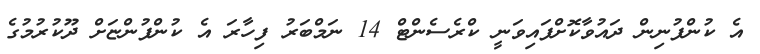
އެ ކުންފުނިން ދައުވާކޮށްފައިވަނީ ކްރެސެންޓް 14 ނަމްބަރު ފިހާރަ އެ ކުންފުންޏަށް ދޫކުރުމުގެ